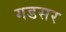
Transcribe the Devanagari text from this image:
गडसर